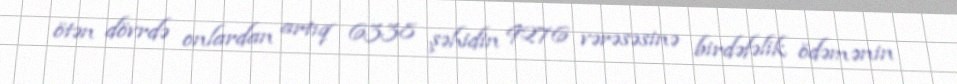
ötən dövrdə onlardan artıq 6338 şəhidin 9276 vərəsəsinə birdəfəlik ödəmənin